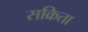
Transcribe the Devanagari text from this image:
सक्रिता